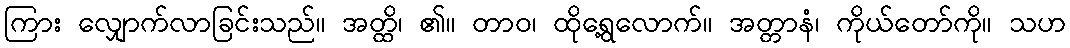
ကြား လျှောက်လာခြင်းသည်။ အတ္ထိ၊ ၏။ တာဝ၊ ထိုရွေ့လောက်။ အတ္တာနံ၊ ကိုယ်တော်ကို။ သဟ